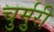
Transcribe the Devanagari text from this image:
चुर्मुरी